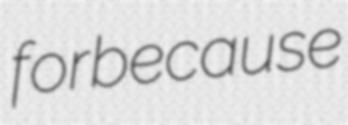
forbecause